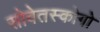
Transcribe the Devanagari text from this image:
सोवेतस्कोगो